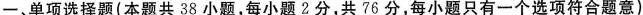
一、单项选择题(本题共38小题，每小题2分，共76分，每小题只有一个选项符合题意)